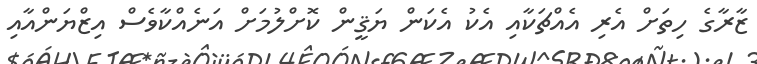
ޒާރާގެ ހިތަށް އެރި އެއްޗަކާއި އެކު އެކަން ޔަޤީން ކޮށްލުމަށް އަނެއްކާވެސް އިޒްޔަންއާއި